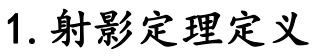
1. 射影定理定义